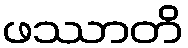
ဖဿာတိ